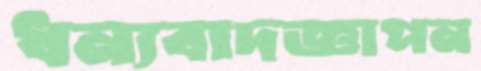
ধন্যবাদজ্ঞাপন